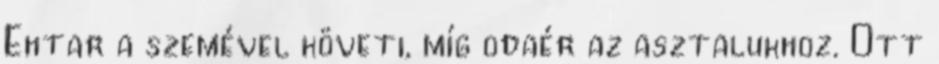
Ehtar a szemével követi, míg odaér az asztalukhoz. Ott